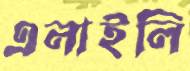
এলাইলি